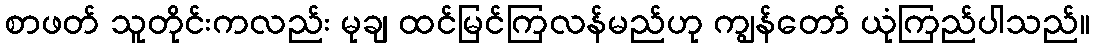
စာဖတ် သူတိုင်းကလည်း မုချ ထင်မြင်ကြလန်မည်ဟု ကျွန်တော် ယုံကြည်ပါသည်။